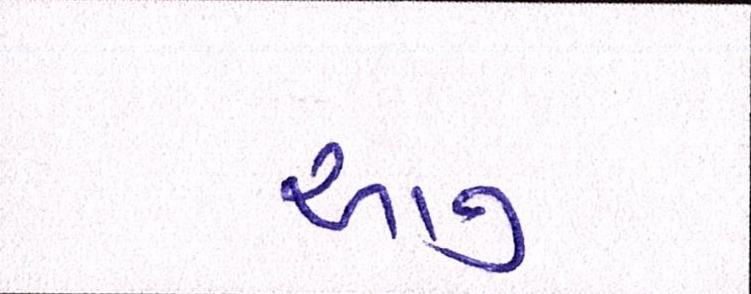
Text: આનું